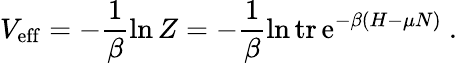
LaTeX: V_{\mathrm{eff}}=-\frac{1}{\beta}\ln Z=-\frac{1}{\beta}\ln\mathrm{tr}\, \mathrm{e}^{-\beta(H-\mu N)}\ .